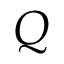
Q